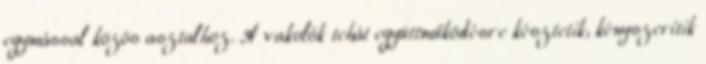
egymással közös asztalhoz. A vakolók tehát együttműködésre késztetik, kényszerítik